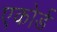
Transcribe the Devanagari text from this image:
एकोर्ड